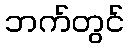
ဘက်တွင်